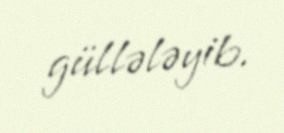
güllələyib.